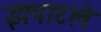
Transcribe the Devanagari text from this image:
झपाटले